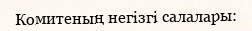
Комитеның негізгі салалары: